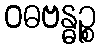
ဝဓဗန္ဓဉ္စ